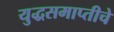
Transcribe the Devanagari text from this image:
युद्धसमाप्तीचे